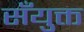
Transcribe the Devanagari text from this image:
सँयुक्त